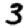
Digit: 3